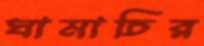
ঘামাচির